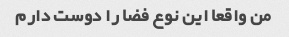
من واقعا این نوع فضا را دوست دارم